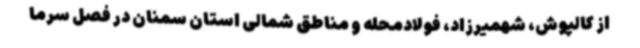
از کالپوش، شهمیرزاد، فولادمحله و مناطق شمالی استان سمنان در فصل سرما